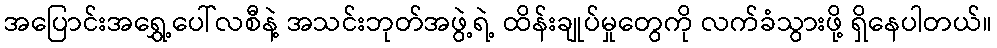
အပြောင်းအရွှေ့ပေါ်လစီနဲ့ အသင်းဘုတ်အဖွဲ့ရဲ့ ထိန်းချုပ်မှုတွေကို လက်ခံသွားဖို့ ရှိနေပါတယ်။